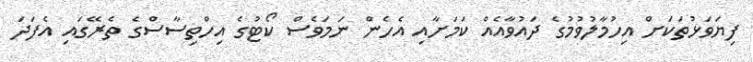
ފިޔަވަޅުތަކަށް އިހުމާލުވުމުގެ ދައުވާއެއް ކަމަށާއި އެހެން ނަމަވެސް ކޯޓުގެ އިހްތިސާސްގެ ތެރޭގައި އެފަދަ